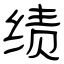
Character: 绩